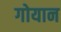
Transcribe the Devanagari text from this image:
गोयान